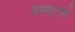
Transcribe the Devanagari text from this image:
मम्मटाने